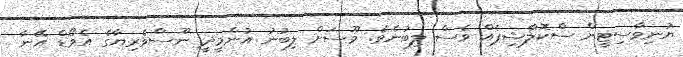
ޔުނިވާސިޓީން ސްކޮލާޝިޕެއް ވެސް ލިބުނެވެ. މޫސަށް ލިބުނު އުންމީދީ ނޫސްވެރިޔާގެ އެވޯޑް އޭނާ